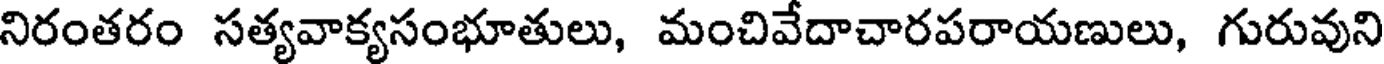
నిరంతరం సత్యవాక్యసంభూతులు, మంచివేదాచారపరాయణులు, గురువుని